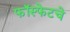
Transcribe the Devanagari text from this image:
फॉस्फेटचे